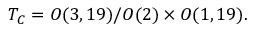
{ \cal T } _ { C } = O ( 3 , 1 9 ) / O ( 2 ) \times O ( 1 , 1 9 ) .